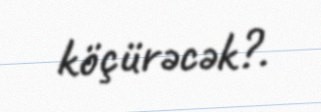
köçürəcək?.